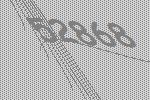
52868